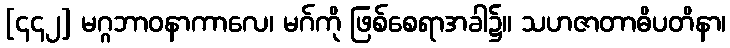
[၄၄၂] မဂ္ဂဘာဝနာကာလေ၊ မဂ်ကို ဖြစ်စေရာအခါ၌။ သဟဇာတာဓိပတိနာ၊